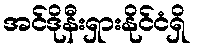
အင်ဒိုနီးရှားနိုင်ငံရှိ